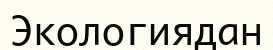
Экологиядан